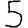
Digit: 5